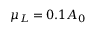
{ \mu } _ { L } = 0 . 1 A _ { 0 }